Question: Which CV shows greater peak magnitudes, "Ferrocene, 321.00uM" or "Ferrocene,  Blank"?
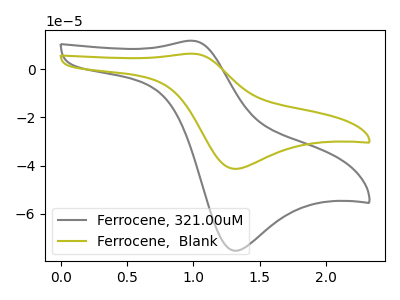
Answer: <think>The gray curve "Ferrocene, 321.00uM" has an anodic peak at (1.00V, 11.90uA) and a cathodic peak at (1.30V, -75.50uA). The olive curve "Ferrocene,  Blank" has an anodic peak at (1.00V, 6.55uA) and a cathodic peak at (1.30V, -41.40uA).</think>
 <answer>Every peak in "Ferrocene, 321.00uM" is higher than every peak in "Ferrocene,  Blank".</answer>
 <eval>higher</eval>